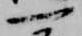
一